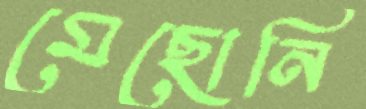
মেছোনি